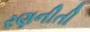
રણનીતી